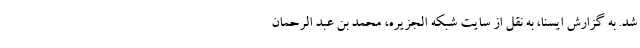
شد. به گزارش ایسنا، به نقل از سایت شبکه الجزیره، محمد بن عبد الرحمان